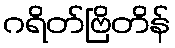
ဂရိတ်ဗြိတိန်